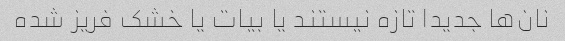
نان‌ها جدیدا تازه نیستند یا بیات یا خشک فریز شده